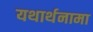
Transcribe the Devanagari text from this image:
यथार्थनामा